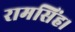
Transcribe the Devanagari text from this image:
रामसिंह।